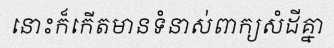
នោះក៏កើតមានទំនាស់ពាក្យសំដីគ្នា